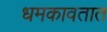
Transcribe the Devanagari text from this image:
धमकावतात